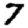
Digit: 7